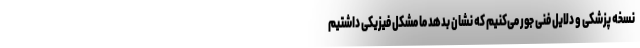
نسخه پزشکی و دلایل فنی جور می‌کنیم که نشان بدهد ما مشکل فیزیکی داشتیم